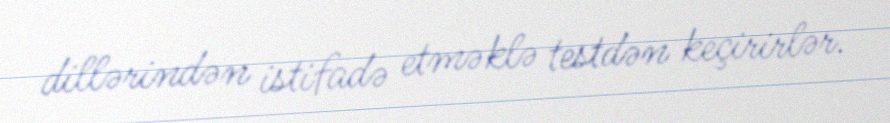
dillərindən istifadə etməklə testdən keçirirlər.